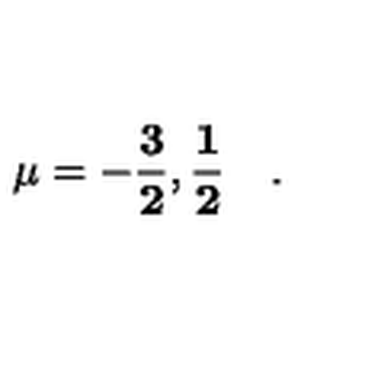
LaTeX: \mathbf { \mu = - \frac { 3 } { 2 } , \frac { 1 } { 2 } } \quad .